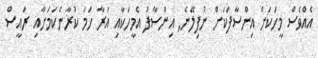
އެއްވެސް މީހަކަށް އިންސާފަކަށް ނުފިލޭނެ